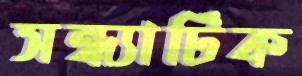
সন্ধ্যাটিক